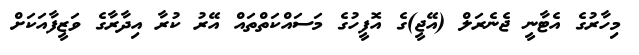
މިހާރުގެ އެޓާނީ ޖެނެރަލް (އޭޖީ)ގެ އޮފީހުގެ މަސައްކަތްތައް އޭރު ކުރާ އިދާރާގެ ވަޒީފާއަކަށް